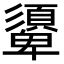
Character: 𩔾